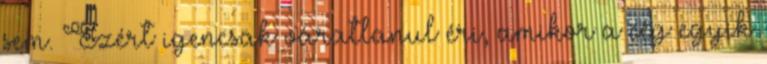
sem. Ezért igencsak váratlanul éri, amikor a cég egyik